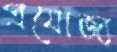
প্রযোজ্য